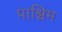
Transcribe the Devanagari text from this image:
पाश्चिम